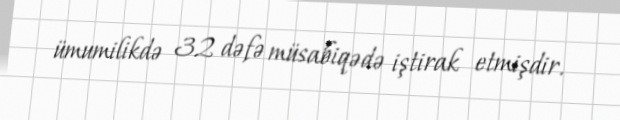
ümumilikdə 32 dəfə müsabiqədə iştirak etmişdir.